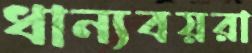
ধান্যবয়রা